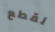
لقطع